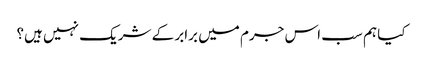
کیا ہم سب اس جرم میں برابر کے شریک نہیں ہیں؟